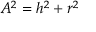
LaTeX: A ^ { 2 } = h ^ { 2 } + r ^ { 2 }